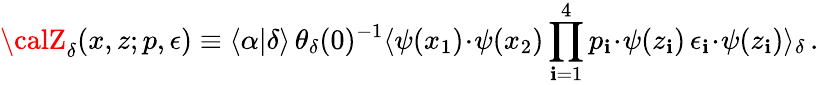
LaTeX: {\calZ}_{\delta}(x,z;p,\epsilon)\equiv\langle\alpha|\delta\rangle\, \theta_{\delta}(0)^{-1}\langle\psi(x_{1})\! \cdot\! \psi(x_{2})\prod_{\mathbf{i}=1}^{4}p_{\mathbf{i}}\! \cdot\! \psi(z_{\mathbf{i}})\, \epsilon_{\mathbf{i}}\! \cdot\! \psi(z_{\mathbf{i}})\rangle_{\delta}\, .